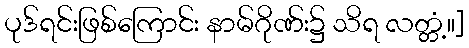
ပုဒ်ရင်းဖြစ်ကြောင်း နာမ်ဂိုဏ်း၌ သိရ လတ္တံ့။]